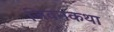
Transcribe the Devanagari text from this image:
जिवनकथा